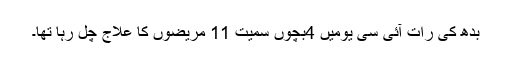
بدھ کی رات آئی سی یومیں 4بچوں سمیت 11 مریضوں کا علاج چل رہا تھا۔